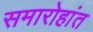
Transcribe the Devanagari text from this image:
समारोहांत